Vaccine operations Central Provinces & Berar 1922-1929 - 1922-1929
Year: 1922
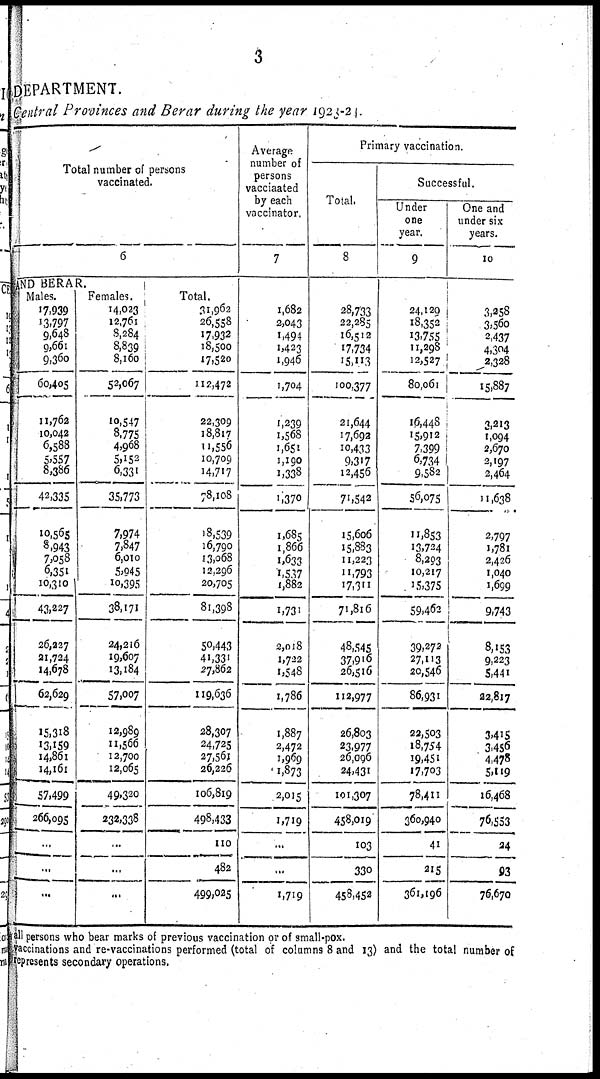
3
DEPARTMENT.
Central Provinces and Berar during the year 1920-21.
Total number of persons
vaccinated.
6
AND BERAR.
Males.
17,939
13,797
9,648
9,661
9,360
60,405
11,762
10,042
6,588
5,557
8,386
42,335
10,565
8,943
7,058
6,351
10,310
43,227
26,227
21,724
14,678
62,629
15,318
13,159
14,861 14,161
57,499
266,095
...
...
...
Females.
14,023
12,761
8,284
8,839
8,160
52,067
10,547
8,775
4,968
5,152
6,331
35,773
7,974
7,847
6,010
5,945
10,395
38,171
24,216
19,607
13,184
57,007
12,989
11,566
12,700
12,065
49,320
232,338
...
...
...
Total.
31,962
26,558
17,932
18,500
17,520
112,472
22,309
18,817
11,556
10,709
14,717
78,108
18,539
16,790
13,068
13,296
20,705
81,398
50,443
41,331
27,862
119,636
28,307
24,725
27,561 26,226
106,819
498,433
110
482
499,025
Average
number of
persons
vacciaated
by each
vaccinator.
7
1,682
2,043
1,494
1,423
1,946
1,704
1,239
1,568
1,651
1,190
1,338
1,370
1,685
1,866
1,633
1,537
1,882
1,731
2,018
1,722
1,548
1,786
1,887
2,472
1,969
1,873
2,015
1,719
...
...
1,719
Primary vaccination.
Total.
8
28,733
22,285
16,512
17,734
15,113
100,377
21,644
17,692
10,433
9,317
12,456
71,542
15,606
15,883
11,223
11,793
17,311
71,816
48,545
37,916
26,516
112,977
26,803
23,977
26,096
24,431
101,307
458,019
103
330
458,452
Successful.
Under
one
year.
9
24,120
18,352
13,755
11,298
12,527
80,061
16,448
15,912
7,399
6,734
9,582
56,075
11,853
13,724
8,293
10,217
15,375
59,462
39,272
27,113
20,546
86,931
22,503
18,754
19,451
17,703
78,411
360,940
41
215
361,196
One and
under six
years.
10
3,258
3,560
2,437
4,304
2,328
15,887
3,213
1,094
2,670
2,197
2,464
11,638
2,797
1,781
2,426
1,040
1,699
9,743
8,153
9,223
5,441
22,817
3,415
3,456
4,478
5,119
16,468
76,553
24
93
76,670
all persons who bear marks of previous vaccination or of small-pox.
vaccinations and re-vaccinations performed (total of columns 8 and 13) and the total number of
represents secondary operations.